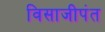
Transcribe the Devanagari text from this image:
विसाजीपंत